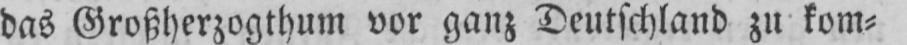
das Großherzogthum vor ganz Deutschland zu kom⸗